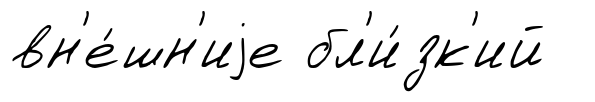
вн'е́шн'иjе бл'и́зк'ий